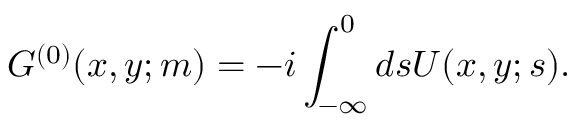
G ^ { ( 0 ) } ( x , y ; m ) = - i \int _ { - \infty } ^ { 0 } d s U ( x , y ; s ) .